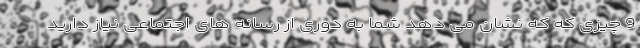
9 چیزی که که نشان می دهد شما به دوری از رسانه های اجتماعی نیاز دارید